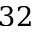
3 2